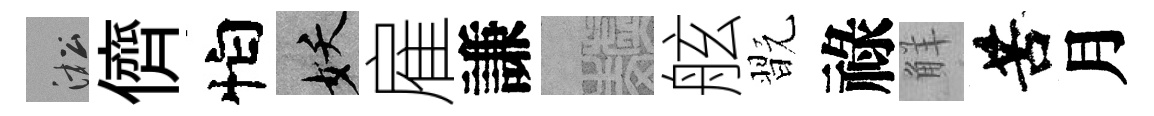
淞儕怕妖雇謙熙舷翫祿觧苦月